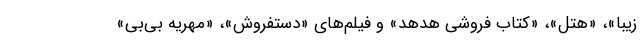
زیبا»، «هتل»، «کتاب فروشی هدهد» و فیلم‌های «دستفروش»، «مهریه بی‌بی»